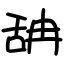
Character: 舑